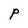
Character: P